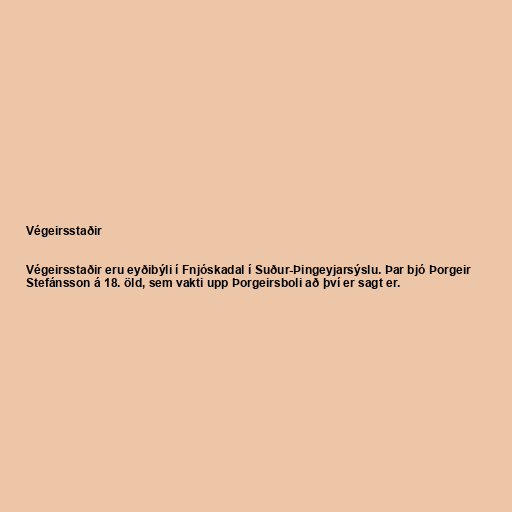
Végeirsstaðir

Végeirsstaðir eru eyðibýli í Fnjóskadal í Suður-Þingeyjarsýslu. Þar bjó Þorgeir
Stefánsson á 18. öld, sem vakti upp Þorgeirsboli að því er sagt er.